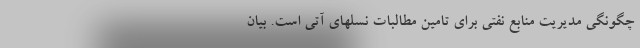
چگونگی مدیریت منابع نفتی برای تامین مطالبات نسلهای آتی است. بیان